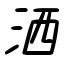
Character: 洒